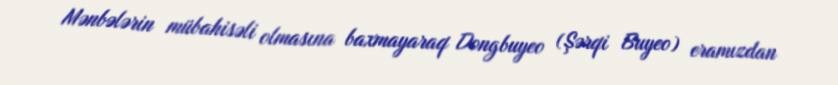
Mənbələrin mübahisəli olmasına baxmayaraq Dongbuyeo (Şərqi Buyeo) eramızdan